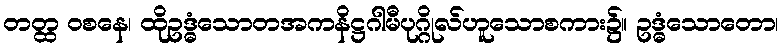
တတ္ထ ဝစနေ၊ ထိုဥဒ္ဓံသောတအကနိဋ္ဌဂါမီပုဂ္ဂိုလ်ဟူသောစကား၌။ ဥဒ္ဓံသောတော၊